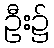
ဦး၌